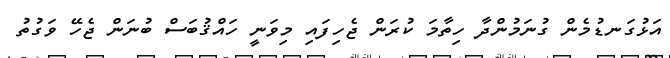
އަޅުގަނޑުމެން ގުނަމުންދާ ހިތާމަ ކުރަން ޖެހިފައި މިވަނީ ހައްޤުބަސް ބުނަން ޖެހޭ ވަގުތު